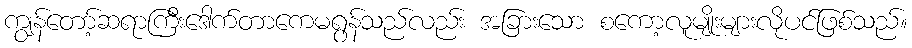
ကျွန်တော့်ဆရာကြီးဒေါက်တာကေမရွန်သည်လည်း အခြားသော စကော့လူမျိုးများလိုပင်ဖြစ်သည်။